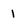
Character: 1